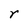
Character: r